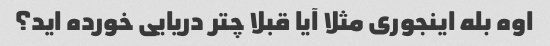
اوه بله اینجوری مثلا آیا قبلا چتر دریایی خورده اید؟